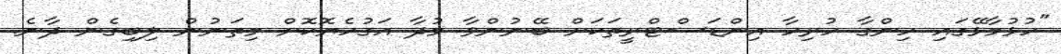
"ހުޅުމާޅޭގައި ހިންގާ ހުރިހާ އިންޑަސްޓްރީތަކަށް ބޭނުންވާ މުދާ އަގުހެޔޮކޮށް މިތަނުން ލިބިގެން ދާނެ.